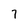
Character: 7